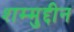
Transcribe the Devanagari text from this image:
शम्मुद्दीन